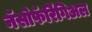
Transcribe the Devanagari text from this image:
नॅसोफॅरिंगिअल